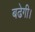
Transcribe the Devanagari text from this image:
बढेगी।